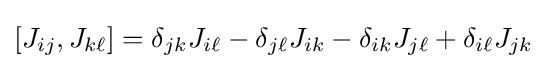
\left[J_{ij},J_{k\ell }\right]=\delta _{jk}J_{i\ell }-\delta _{j\ell }J_{ik}-\delta _{ik}J_{j\ell }+\delta _{i\ell }J_{jk}